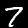
Digit: 7